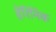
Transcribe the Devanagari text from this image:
हेरिनिक